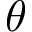
\theta